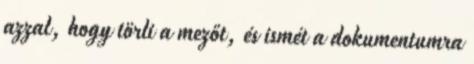
azzal, hogy törli a mezőt, és ismét a dokumentumra